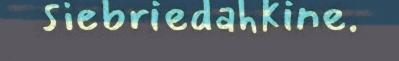
siebriedahkine.